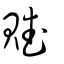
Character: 賦